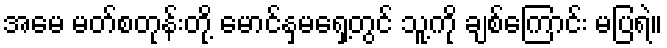
အမေ မတ်စတုန်းတို့ မောင်နှမရှေ့တွင် သူ့ကို ချစ်ကြောင်း မပြရဲ။